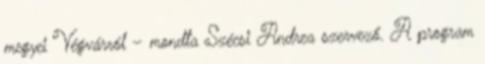
megyei Végvárról – mondta Szécsi Andrea szervező. A program